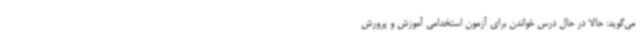
می‌گوید: حالا در حال درس خواندن برای آزمون استخدامی آموزش و پرورش